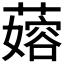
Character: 𬞬